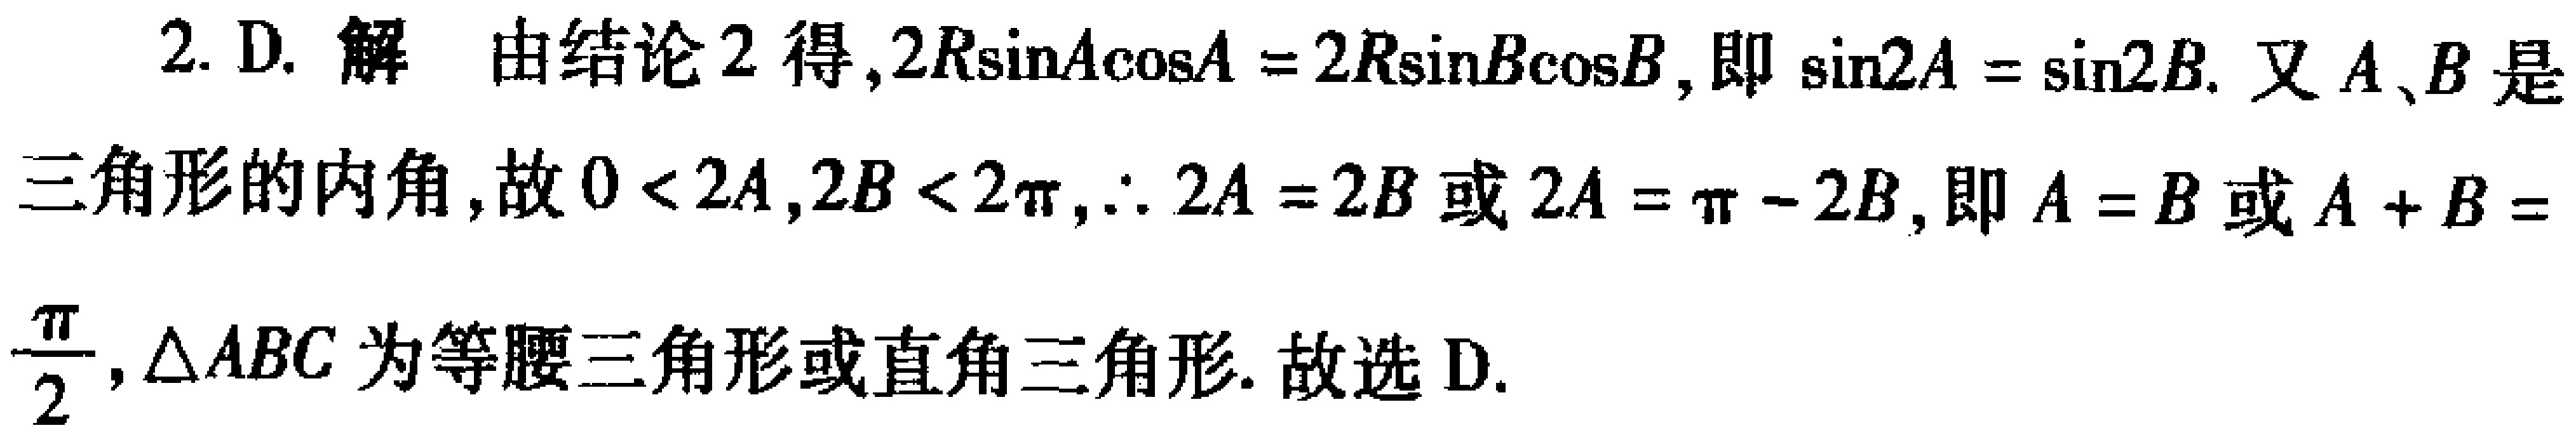
2. D. 解 由结论 2 得，\(2R\sin A\cos A = 2R\sin B\cos B\)，即\(\sin 2A = \sin 2B\). 又\(A、B\)是三角形的内角，故\(0 < 2A,2B < 2\pi\)，\(\therefore 2A = 2B\)或\(2A = \pi - 2B\)，即\(A = B\)或\(A + B = \frac{\pi}{2}\)，\(\triangle ABC\)为等腰三角形或直角三角形. 故选 D.